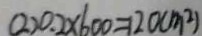
( 2 ) 0 . 2 \times 6 0 0 = 1 2 0 ( m ^ { 2 } )